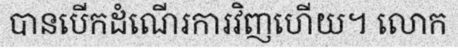
បានបើកដំណើរការវិញហើយ។ លោក